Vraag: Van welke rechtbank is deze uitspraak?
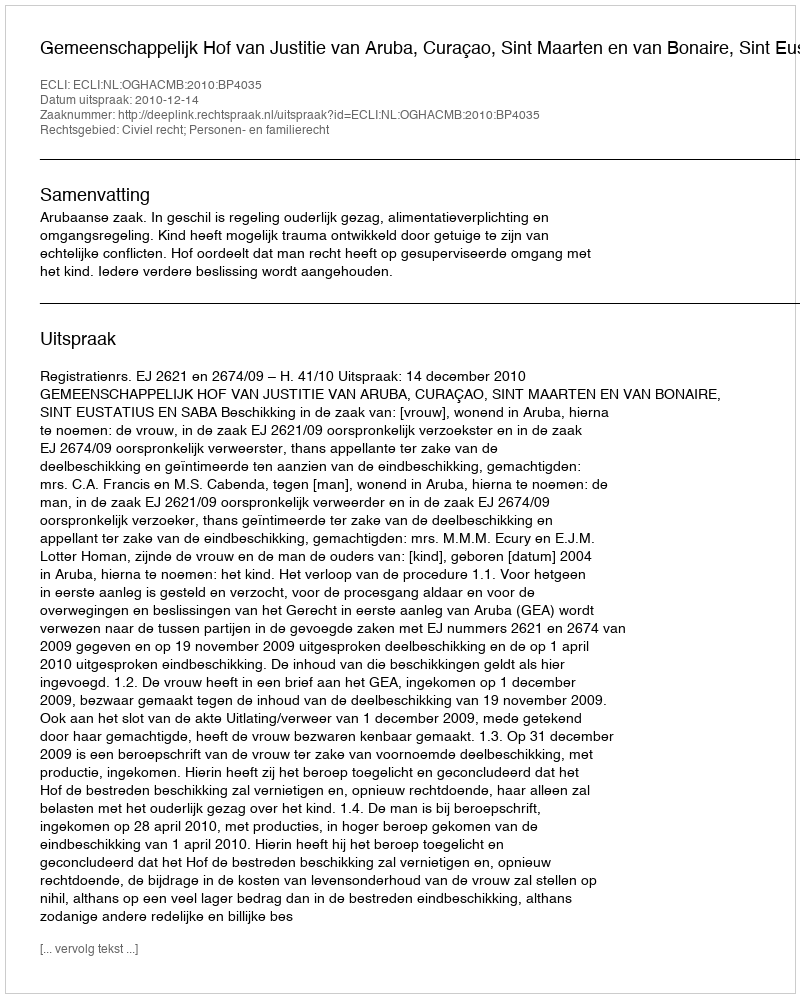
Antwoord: Gemeenschappelijk Hof van Justitie van Aruba, Curaçao, Sint Maarten en van Bonaire, Sint Eustatius en Saba